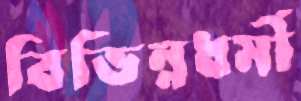
বিভিন্নধর্মী